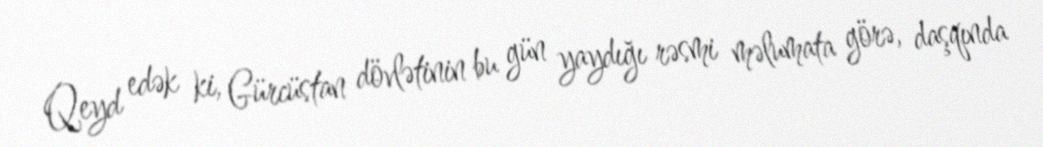
Qeyd edək ki, Gürcüstan dövlətinin bu gün yaydığı rəsmi məlumata görə, daşqında